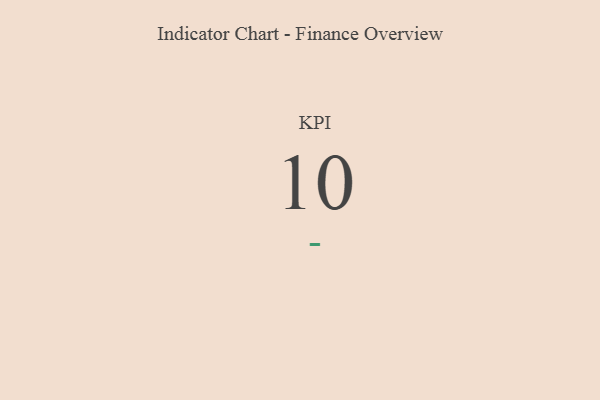
{"axis": {"x": "KPI", "y": "Value"}, "legend": [""], "data": [{"x": "KPI", "y": 10, "type": ""}]}